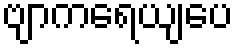
ဗျာကရေယျပေ